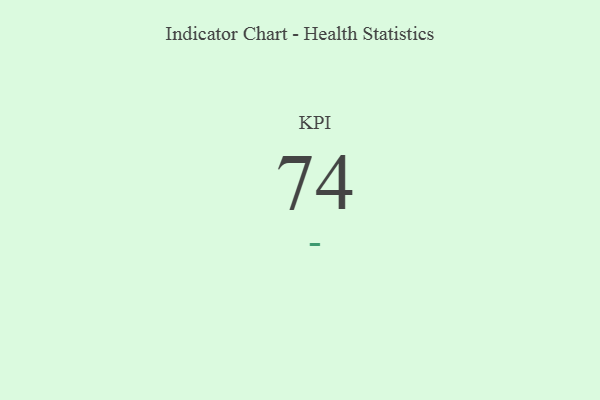
{"axis": {"x": "KPI", "y": "Value"}, "legend": [""], "data": [{"x": "KPI", "y": 74, "type": ""}]}